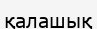
қалашық